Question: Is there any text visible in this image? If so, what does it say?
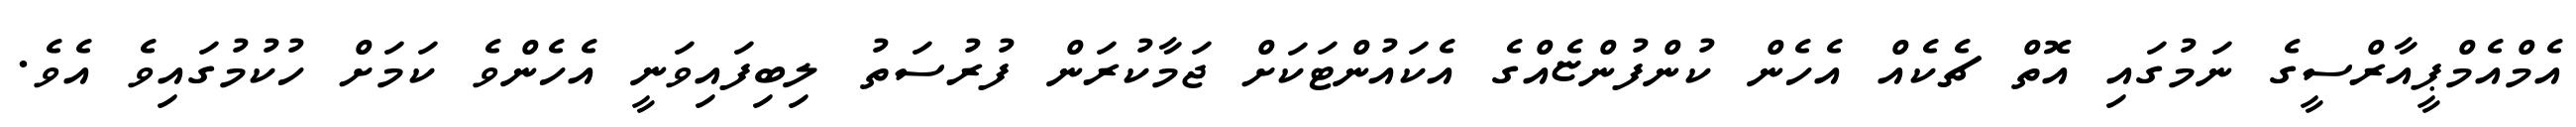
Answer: އެމްއެމްޕީއާރްސީގެ ނަމުގައި އޮތް ޗެކެއް އެހެން ކުންފުންޏެއްގެ އެކައުންޓަކަށް ޖަމާކުރަން ފުރުސަތު ލިބިފައިވަނީ އެހެންވެ ކަމަށް ހުކުމުގައިވެ އެވެ.